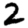
Digit: 2